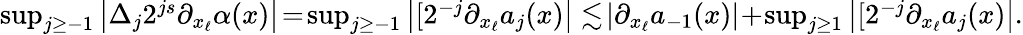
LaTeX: \begin{array}{r}{\operatorname*{sup}_{j\geq-1}\left|\Delta_{j}2^{js}\partial_{x_{\ell}}\alpha(x)\right|\! =\! \operatorname*{sup}_{j\geq-1}\left|[2^{-j}\partial_{x_{\ell}}a_{j}(x)\right|\lesssim\! |\partial_{x_{\ell}}a_{-1}(x)|\! +\! \operatorname*{sup}_{j\geq 1}\left|[2^{-j}\partial_{x_{\ell}}a_{j}(x)\right|.}\end{array}